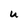
Character: U